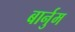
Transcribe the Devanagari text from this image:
बार्नुम